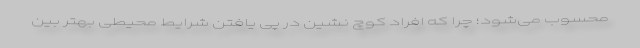
محسوب می‌شود؛ چرا که افراد کوچ نشین در پی یافتن شرایط محیطی بهتر بین